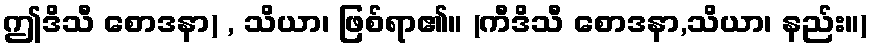
ဤဒိသီ စောဒနာ) , သိယာ၊ ဖြစ်ရာ၏။ (ကီဒိသီ စောဒနာ,သိယာ၊ နည်း။)